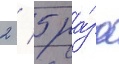
2 / 5 ра́за